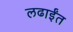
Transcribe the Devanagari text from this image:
लढाईंत